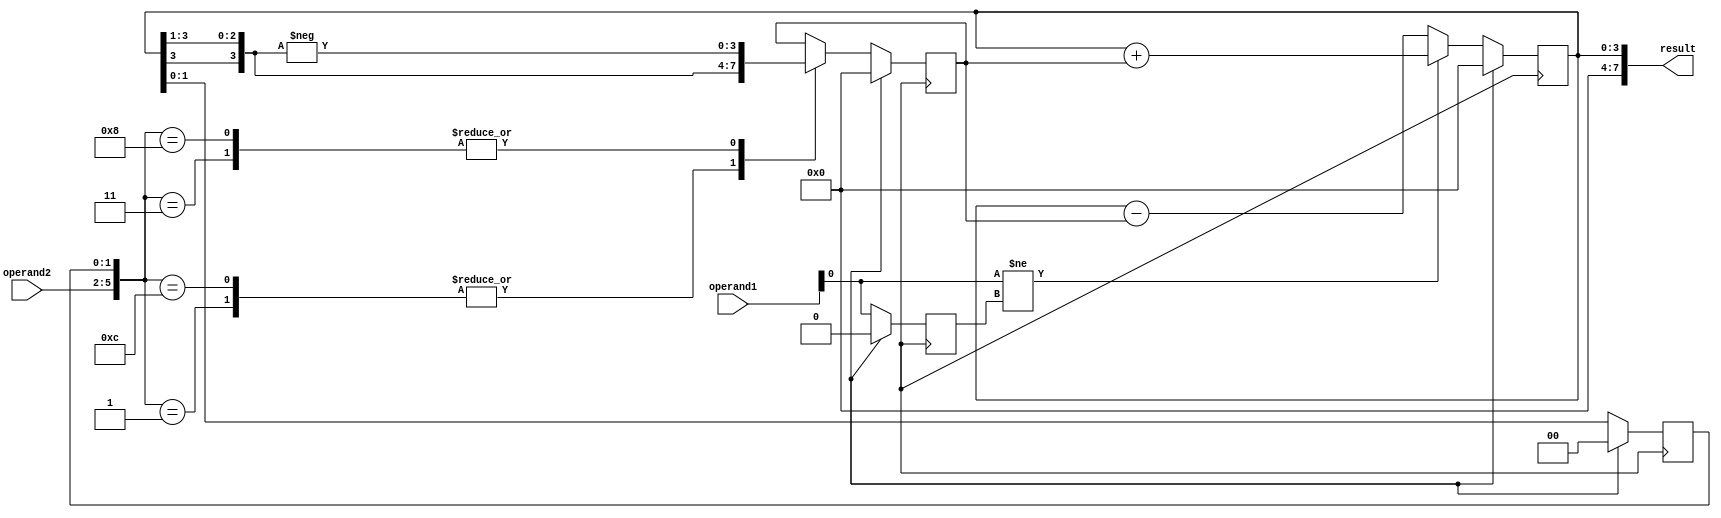
module BoothMultiplier (
    input wire [3:0] operand1,
    input wire [3:0] operand2,
    output reg [7:0] result
);

reg [3:0] partial_product;
reg [3:0] accumulator;
reg [2:0] counter;
reg [1:0] control;
reg sign_bit;

initial begin
    partial_product = 4'b0000;
    accumulator = 4'b0000;
    counter = 3'b000;
    control = 2'b00;
    sign_bit = 1'b0;
end

always @(posedge clk) begin
    if (reset) begin
        partial_product <= 4'b0000;
        accumulator <= 4'b0000;
        counter <= 3'b000;
        control <= 2'b00;
        sign_bit <= 1'b0;
    end else begin
        // Booth encoder
        case({operand2,control})
            4'b0001: partial_product <= {accumulator[3], accumulator[3:1]};
            4'b0011: partial_product <= -{accumulator[3], accumulator[3:1]};
            4'b1100: partial_product <= {accumulator[3], accumulator[3:1]};
            4'b1000: partial_product <= -{accumulator[3], accumulator[3:1]};
        endcase
        // Booth multiplier
        if (operand1[0] != sign_bit) begin
            accumulator <= accumulator + partial_product;
        end else begin
            accumulator <= accumulator - partial_product;
        end
        // Booth control
        control <= {accumulator[1], accumulator[0]};
        // Update sign bit
        sign_bit <= operand1[0];
    end
end

assign result = accumulator;

endmodule